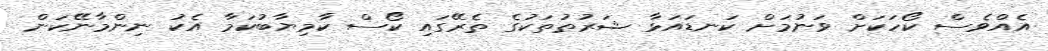
އެއްވެސް ކޯހަކަށް ވަނުމަށް ކަނޑައަޅާ ޝަރުޠުތަކުގެ ތެރޭގައި ކޯސް ކާމިޔާބުކަމާ އެކު ނިންމާނޭކަން